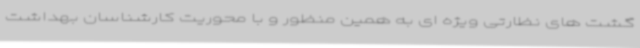
گشت های نظارتی ویژه ای به همین منظور و با محوریت کارشناسان بهداشت